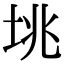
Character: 垗